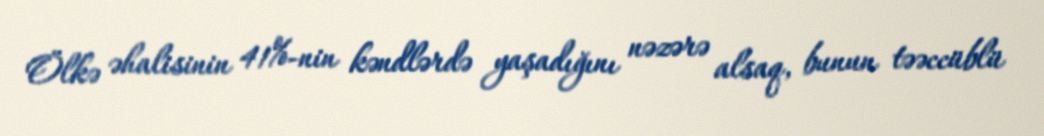
Ölkə əhalisinin 41%-nin kəndlərdə yaşadığını nəzərə alsaq, bunun təəccüblü